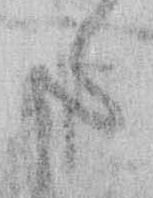
た